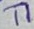
Text: T1